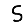
Digit: 5